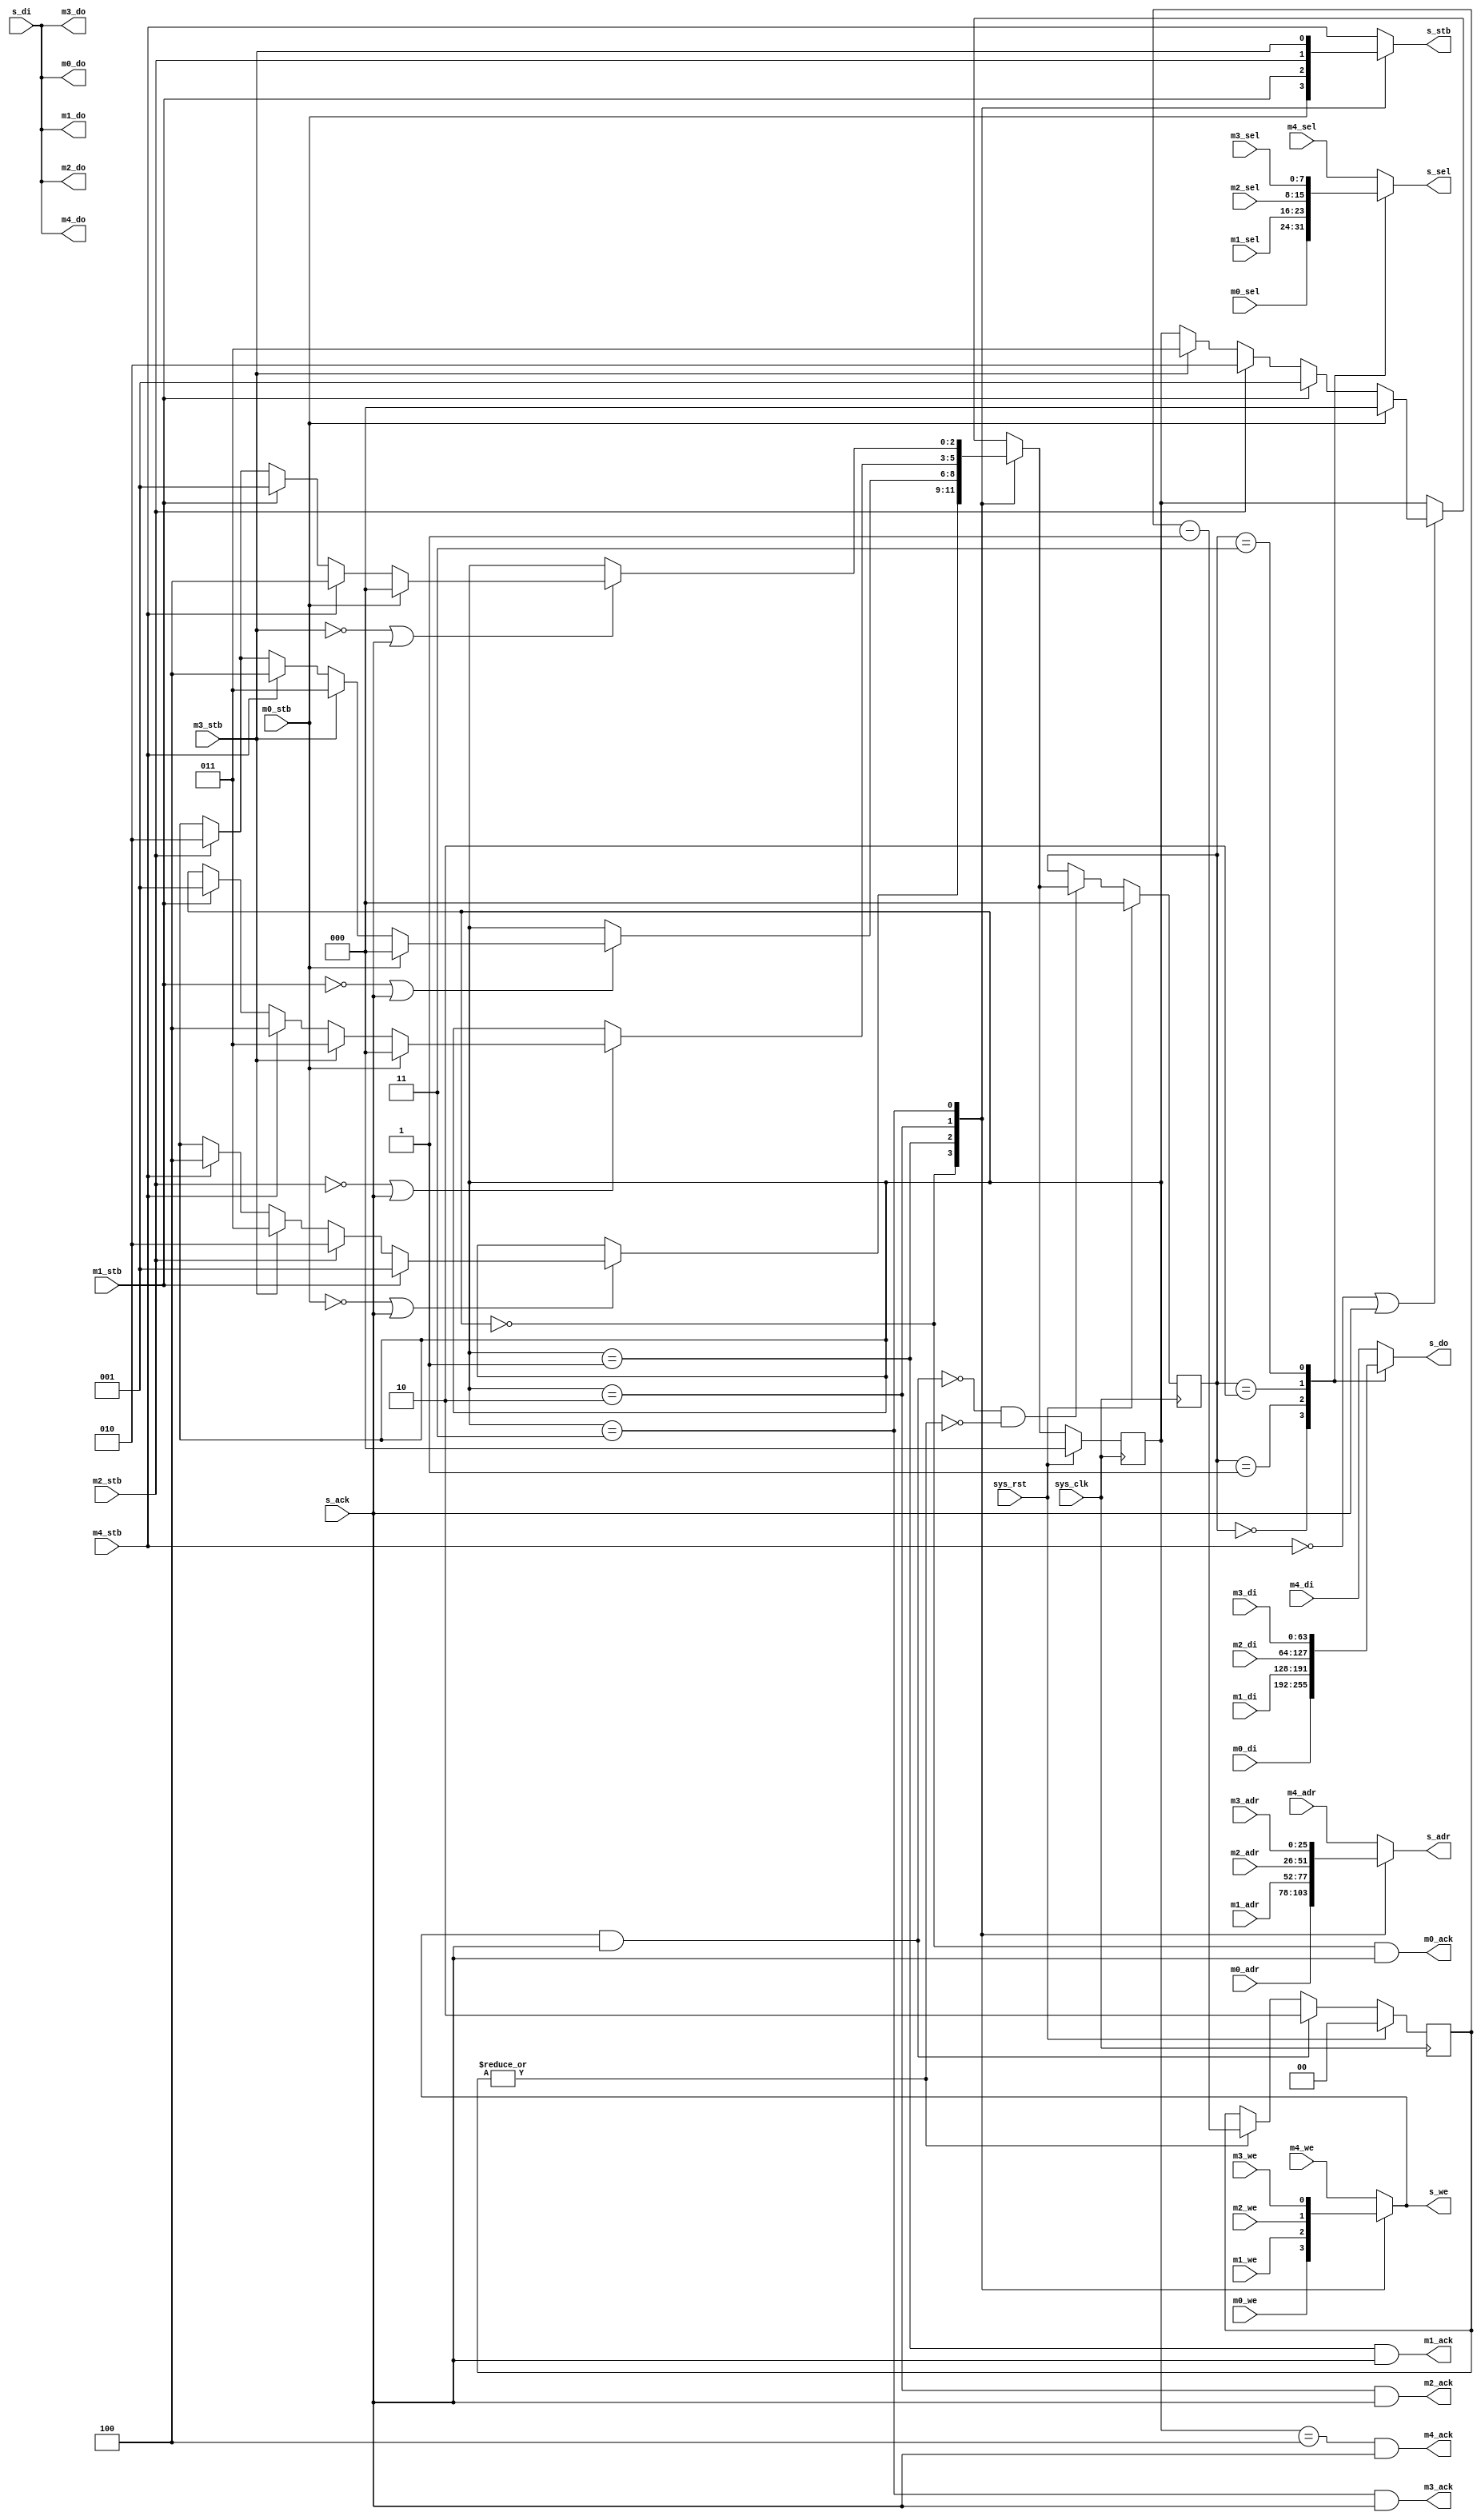
module fmlarb_1 #(
	parameter fml_depth = 26
) (
	input sys_clk,
	input sys_rst,
	input [fml_depth-1:0] m0_adr,
	input m0_stb,
	input m0_we,
	output m0_ack,
	input [7:0] m0_sel,
	input [63:0] m0_di,
	output [63:0] m0_do,
	input [fml_depth-1:0] m1_adr,
	input m1_stb,
	input m1_we,
	output m1_ack,
	input [7:0] m1_sel,
	input [63:0] m1_di,
	output [63:0] m1_do,
	input [fml_depth-1:0] m2_adr,
	input m2_stb,
	input m2_we,
	output m2_ack,
	input [7:0] m2_sel,
	input [63:0] m2_di,
	output [63:0] m2_do,
	input [fml_depth-1:0] m3_adr,
	input m3_stb,
	input m3_we,
	output m3_ack,
	input [7:0] m3_sel,
	input [63:0] m3_di,
	output [63:0] m3_do,
	input [fml_depth-1:0] m4_adr,
	input m4_stb,
	input m4_we,
	output m4_ack,
	input [7:0] m4_sel,
	input [63:0] m4_di,
	output [63:0] m4_do,
	output reg [fml_depth-1:0] s_adr,
	output reg s_stb,
	output reg s_we,
	input s_ack,
	output reg [7:0] s_sel,
	input [63:0] s_di,
	output reg [63:0] s_do
);
assign m0_do = s_di;
assign m1_do = s_di;
assign m2_do = s_di;
assign m3_do = s_di;
assign m4_do = s_di;
reg [2:0] master;
reg [2:0] next_master;
always @(posedge sys_clk) begin
	if(sys_rst)
		master <= 3'd0;
	else
		master <= next_master;
end
always @(*) begin
	next_master = master;
	case(master)
		3'd0: if(~m0_stb | s_ack) begin
			if(m1_stb) next_master = 3'd1;
			else if(m2_stb) next_master = 3'd2;
			else if(m3_stb) next_master = 3'd3;
			else if(m4_stb) next_master = 3'd4;
		end
		3'd1: if(~m1_stb | s_ack) begin
			if(m0_stb) next_master = 3'd0;
			else if(m3_stb) next_master = 3'd3;
			else if(m4_stb) next_master = 3'd4;
			else if(m2_stb) next_master = 3'd2;
		end
		3'd2: if(~m2_stb | s_ack) begin
			if(m0_stb) next_master = 3'd0;
			else if(m3_stb) next_master = 3'd3;
			else if(m4_stb) next_master = 3'd4;
			else if(m1_stb) next_master = 3'd1;
		end
		3'd3: if(~m3_stb | s_ack) begin
			if(m0_stb) next_master = 3'd0;
			else if(m4_stb) next_master = 3'd4;
			else if(m1_stb) next_master = 3'd1;
			else if(m2_stb) next_master = 3'd2;
		end
		default: if(~m4_stb | s_ack) begin 
			if(m0_stb) next_master = 3'd0;
			else if(m1_stb) next_master = 3'd1;
			else if(m2_stb) next_master = 3'd2;
			else if(m3_stb) next_master = 3'd3;
		end
	endcase
end
assign m0_ack = (master == 3'd0) & s_ack;
assign m1_ack = (master == 3'd1) & s_ack;
assign m2_ack = (master == 3'd2) & s_ack;
assign m3_ack = (master == 3'd3) & s_ack;
assign m4_ack = (master == 3'd4) & s_ack;
always @(*) begin
	case(master)
		3'd0: begin
			s_adr = m0_adr;
			s_stb = m0_stb;
			s_we = m0_we;
		end
		3'd1: begin
			s_adr = m1_adr;
			s_stb = m1_stb;
			s_we = m1_we;
		end
		3'd2: begin
			s_adr = m2_adr;
			s_stb = m2_stb;
			s_we = m2_we;
		end
		3'd3: begin
			s_adr = m3_adr;
			s_stb = m3_stb;
			s_we = m3_we;
		end
		default: begin 
			s_adr = m4_adr;
			s_stb = m4_stb;
			s_we = m4_we;
		end
	endcase
end
wire write_burst_start = s_we & s_ack;
reg [2:0] wmaster;
reg [1:0] burst_counter;
always @(posedge sys_clk) begin
	if(sys_rst) begin
		wmaster <= 3'd0;
		burst_counter <= 2'd0;
	end else begin
		if(|burst_counter)
			burst_counter <= burst_counter - 2'd1;
		if(write_burst_start)
			burst_counter <= 2'd2;
		if(~write_burst_start & ~(|burst_counter))
			wmaster <= next_master;
	end
end
always @(*) begin
	case(wmaster)
		3'd0: begin
			s_do = m0_di;
			s_sel = m0_sel;
		end
		3'd1: begin
			s_do = m1_di;
			s_sel = m1_sel;
		end
		3'd2: begin
			s_do = m2_di;
			s_sel = m2_sel;
		end
		3'd3: begin
			s_do = m3_di;
			s_sel = m3_sel;
		end
		default: begin 
			s_do = m4_di;
			s_sel = m4_sel;
		end
	endcase
end
endmodule